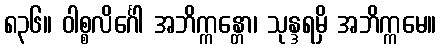
၈၃၆။ ဝါစ္စလိင်္ဂေါ အဘိက္ကန္တော၊ သုန္ဒရမှိ အဘိက္ကမေ။